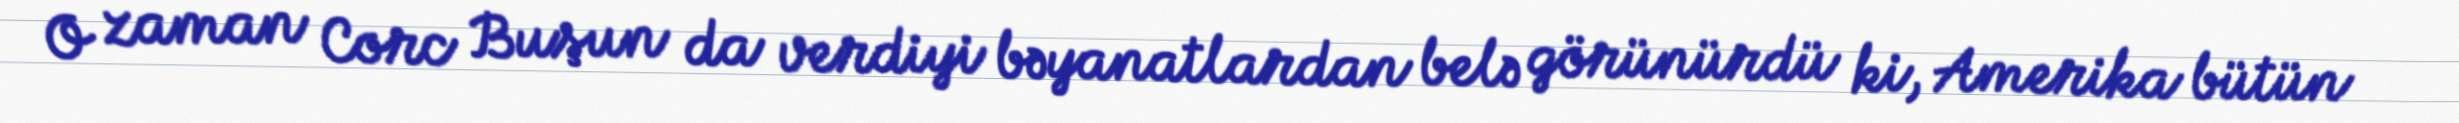
O zaman Corc Buşun da verdiyi bəyanatlardan belə görünürdü ki, Amerika bütün